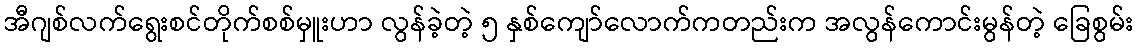
အီဂျစ်လက်ရွေးစင်တိုက်စစ်မှူးဟာ လွန်ခဲ့တဲ့ ၅ နှစ်ကျော်လောက်ကတည်းက အလွန်ကောင်းမွန်တဲ့ ခြေစွမ်း